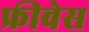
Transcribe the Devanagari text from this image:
फ्रीवेस